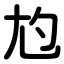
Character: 尥